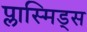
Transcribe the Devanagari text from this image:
प्लास्मिड्स